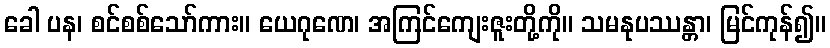
ခေါ ပန၊ စင်စစ်သော်ကား။ ယေဂုဏေ၊ အကြင်ကျေးဇူးတို့ကို။ သမနုပဿန္တာ၊ မြင်ကုန်၍။